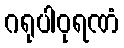
ဂရုပါဝုရဏံ